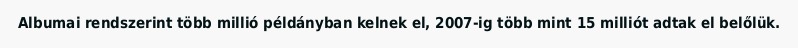
Albumai rendszerint több millió példányban kelnek el, 2007-ig több mint 15 milliót adtak el belőlük.